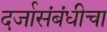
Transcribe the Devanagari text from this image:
दर्जासंबंधीचा